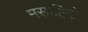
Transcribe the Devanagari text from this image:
मसाहिनो